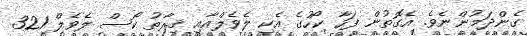
ގެންދަމުންނެވެ. އެގޮތުން ފަހާ ކޯހުގެ އެކި ލެވެލްއާއި ޤިރާތު ކޯސް ލެވެލް 321